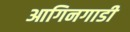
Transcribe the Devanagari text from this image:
आगिनगाडी